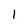
Character: 1